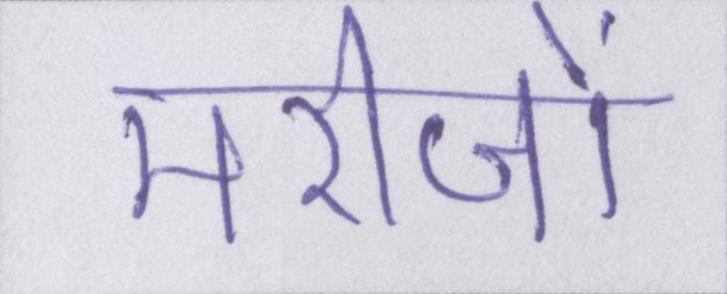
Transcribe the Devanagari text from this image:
मरीजों